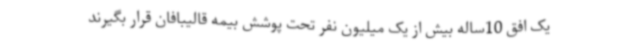
یک افق 10ساله بیش از یک میلیون نفر تحت پوشش بیمه قالیبافان قرار بگیرند